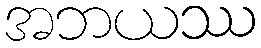
အဘယဿ